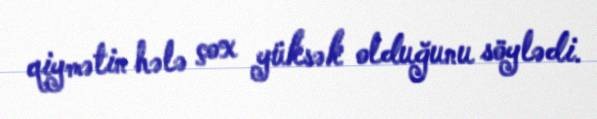
qiymətin hələ çox yüksək olduğunu söylədi.